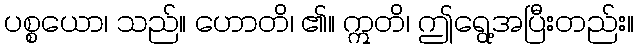
ပစ္စယော၊ သည်။ ဟောတိ၊ ၏။ ဣတိ၊ ဤရွေ့အပြီးတည်း။